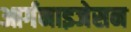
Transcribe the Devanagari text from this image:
आर्गनाइजेसन